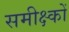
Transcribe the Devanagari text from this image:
समीक्ष्कों